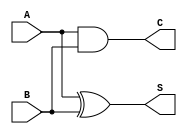
module half_adder (
    input  wire A,      // First input bit
    input  wire B,      // Second input bit
    output wire S,      // Sum output
    output wire C       // Carry output
);
    assign S = A ^ B;   // Sum is A XOR B
    assign C = A & B;   // Carry is A AND B
endmodule